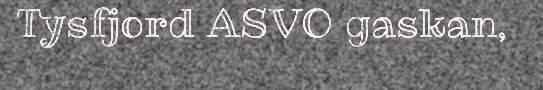
Tysfjord ASVO gaskan,